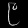
Digit: ၉